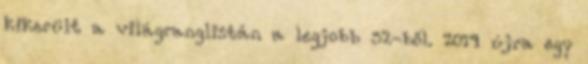
kikerült a világranglistán a legjobb 32-ből. 2014 újra egy